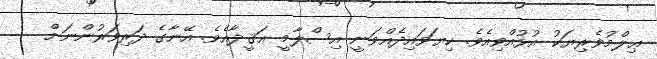
ޢިލްމުވެރިޔަކު އުޅުއްވިއެވެ. ކިޔަވައިދެއްވަނީ އިސްލާމީ ޢަޤީދާއެވެ. އޭނާގެ ދަރިވަރުންނަށް